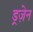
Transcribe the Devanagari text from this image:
ड्रज़ेन